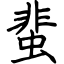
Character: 蜚